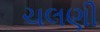
ચલણી